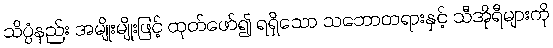
သိပ္ပံနည်း အမျိုးမျိုးဖြင့် ထုတ်ဖော်၍ ရရှိသော သဘောတရားနှင့် သီအိုရီများကို